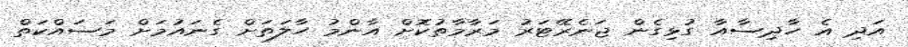
އަދި އެ ހާދިސާއާ ގުޅިގެން ޖަނެރޭޓަރު މަރާމާތުކޮށް އާންމު ހާލަތަށް ގެނައުމަށް މަސައްކަތް